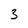
Character: 3